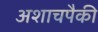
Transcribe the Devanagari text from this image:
अशाचपैकी